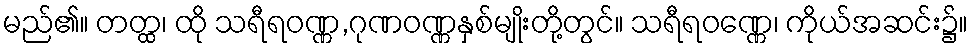
မည်၏။ တတ္ထ၊ ထို သရီရဝဏ္ဏ,ဂုဏဝဏ္ဏနှစ်မျိုးတို့တွင်။ သရီရဝဏ္ဏေ၊ ကိုယ်အဆင်း၌။